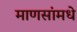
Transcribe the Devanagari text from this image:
माणसांमधे